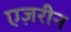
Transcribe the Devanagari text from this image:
एज़रीन